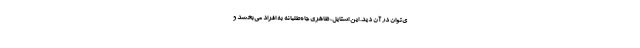
ی‌توان در آن دید. این استایل، ظاهری جاه‌طلبانه به افراد می‌بخشد و